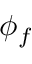
\phi _ { f }